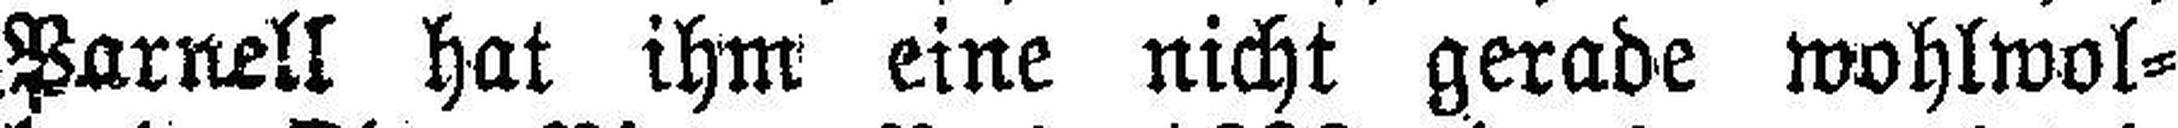
Parnell hat ihm eine nicht gerade wohlwol¬